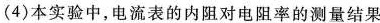
4)本实验中，电流表的内阻对电阻率的测量结果